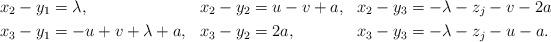
LaTeX: \begin{align*}&x_2-y_1=\lambda, &&x_2-y_2=u-v+a, &&x_2-y_3=-\lambda-z_j-v-2a\\&x_3-y_1=-u+v+\lambda+a, &&x_3-y_2=2a, &&x_3-y_3=-\lambda-z_j-u-a.\end{align*}